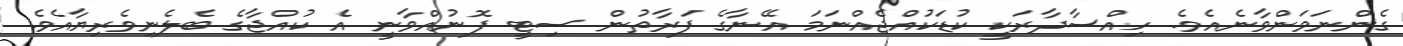
ގެންނަވަންވާނެއެވެ. ހިއްސާދާރަކީ ކުޑަކުއްޖެއްނަމަ އޭނާގެ ފަރާތުން ސިޓީ ފޮނުއްވާނީ އެ ކުއްޖާގެ ބެލެނިވެރިޔާއެވެ.